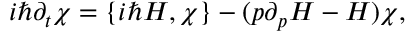
i \hbar \partial _ { t } \chi = \{ i \hbar H , \chi \} - ( p \partial _ { p } H - H ) \chi ,